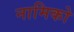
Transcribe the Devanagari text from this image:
नामिको